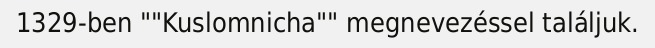
1329-ben ""Kuslomnicha"" megnevezéssel találjuk.